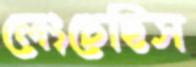
লেংচেছিস